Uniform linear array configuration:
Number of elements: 48
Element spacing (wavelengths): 1
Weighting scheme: cosine
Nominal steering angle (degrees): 0
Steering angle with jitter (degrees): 0.5572
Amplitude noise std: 0.05
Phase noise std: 0.05

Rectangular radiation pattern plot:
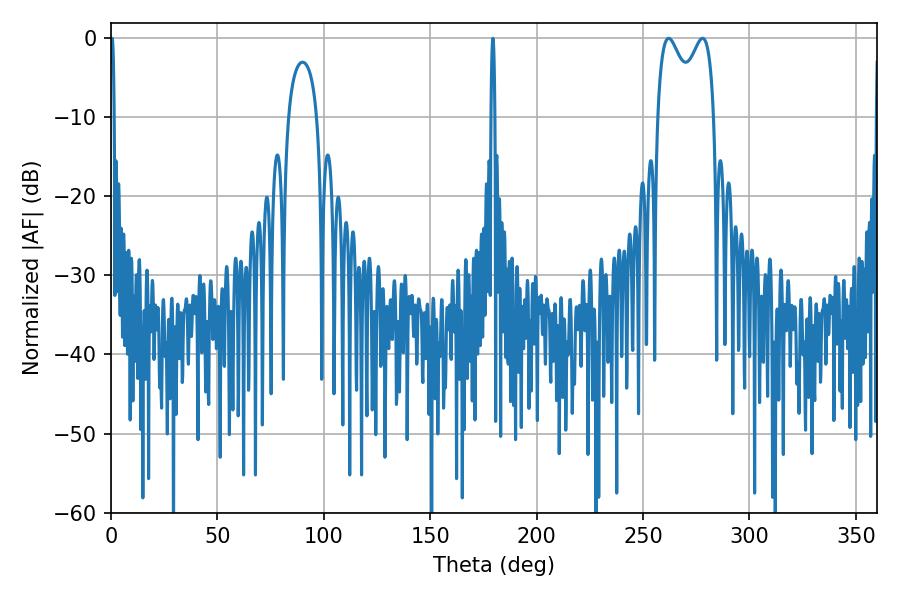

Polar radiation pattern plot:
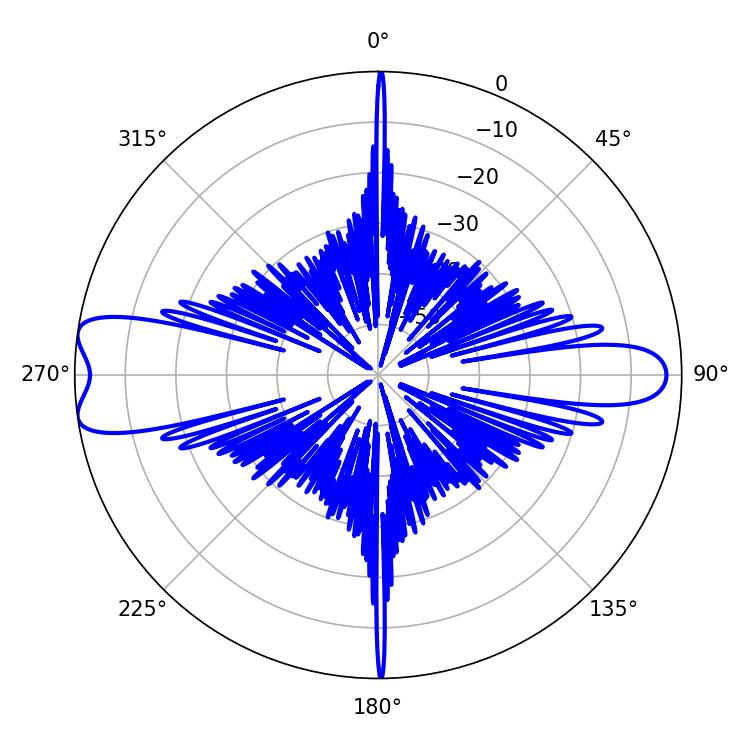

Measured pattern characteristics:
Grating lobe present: TRUE
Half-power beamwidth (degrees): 10.62
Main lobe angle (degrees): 262.08